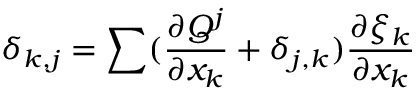
\delta _ { k , j } = \sum ( \frac { \partial Q ^ { j } } { \partial x _ { k } } + \delta _ { j , k } ) \frac { \partial \xi _ { k } } { \partial x _ { k } }